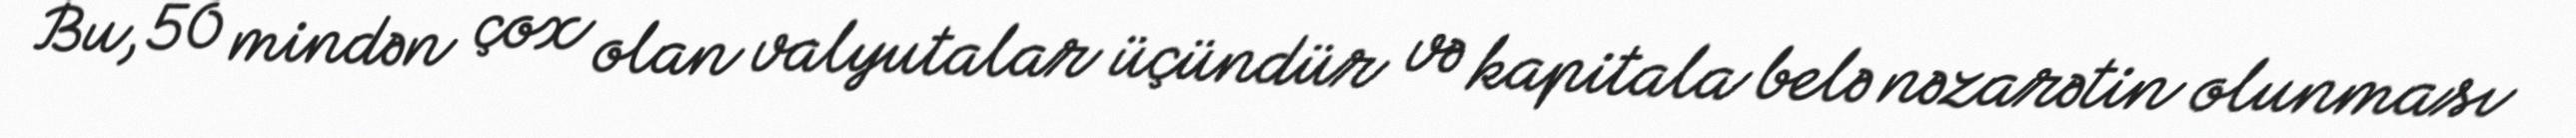
Bu, 50 mindən çox olan valyutalar üçündür və kapitala belə nəzarətin olunması